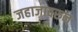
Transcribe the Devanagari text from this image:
जहाजावरुन